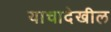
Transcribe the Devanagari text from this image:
याचादेखील